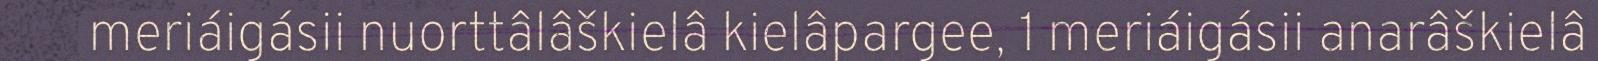
meriáigásii nuorttâlâškielâ kielâpargee, 1 meriáigásii anarâškielâ